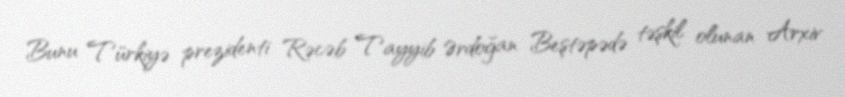
Bunu Türkiyə prezidenti Rəcəb Tayyib Ərdoğan Beştəpədə təşkil olunan Arxiv